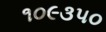
૧૦૯૩૫૦